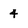
Character: 4